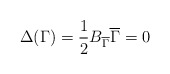
\begin{align*}\Delta(\Gamma)={1\over2}B_{\overline\Gamma}\overline\Gamma=0\end{align*}